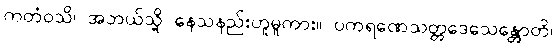
ကတံဝသိ၊ အဘယ်သို့ နေသနည်းဟူမူကား။ ပကရဏေသတ္တဒေသေန္တောတိ၊